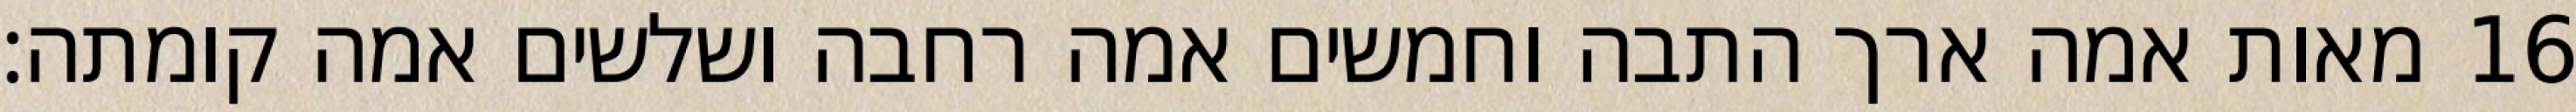
מאות אמה ארך התבה וחמשים אמה רחבה ושלשים אמה קומתה׃ ‎16‏